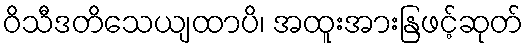
ဝိသီဒတိသေယျထာပိ၊ အထူးအားနြဖင့်ဆုတ်